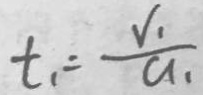
t _ { 1 } = \frac { V _ { 1 } } { a _ { 1 } }